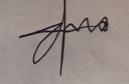
Signature authenticity: forged